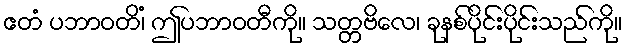
ဧတံ ပဘာဝတိံ၊ ဤပဘာဝတီကို။ သတ္တဗိလေ၊ ခုနစ်ပိုင်းပိုင်းသည်ကို။